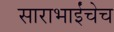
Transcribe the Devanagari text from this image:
साराभाईंचेच